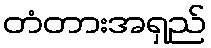
တံတားအရှည်